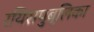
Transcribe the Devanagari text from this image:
रयिसपुब्लिका